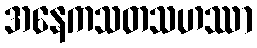
အနေကသတသဟဿာ